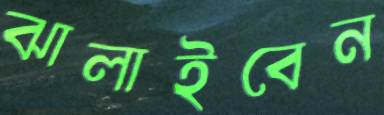
ঝালাইবেন